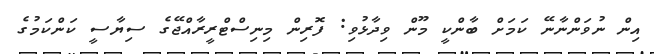
އިން ނުވަންނާނޭ ކަމަށް ބާންކީ މޫން ވިދާޅުވި: ފޮރިން މިނިސްޓްރީރާއްޖޭގެ ސިޔާސީ ކަންކަމުގެ